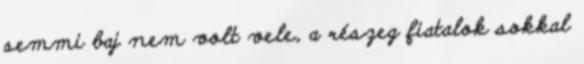
semmi baj nem volt vele, a részeg fiatalok sokkal